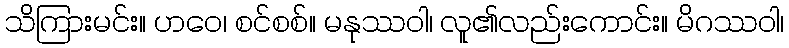
သိကြားမင်း။ ဟဝေ၊ စင်စစ်။ မနုဿဝါ၊ လူ၏လည်းကောင်း။ မိဂဿဝါ၊